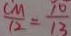
\frac { C M } { 1 2 } = \frac { 1 0 } { 1 3 }